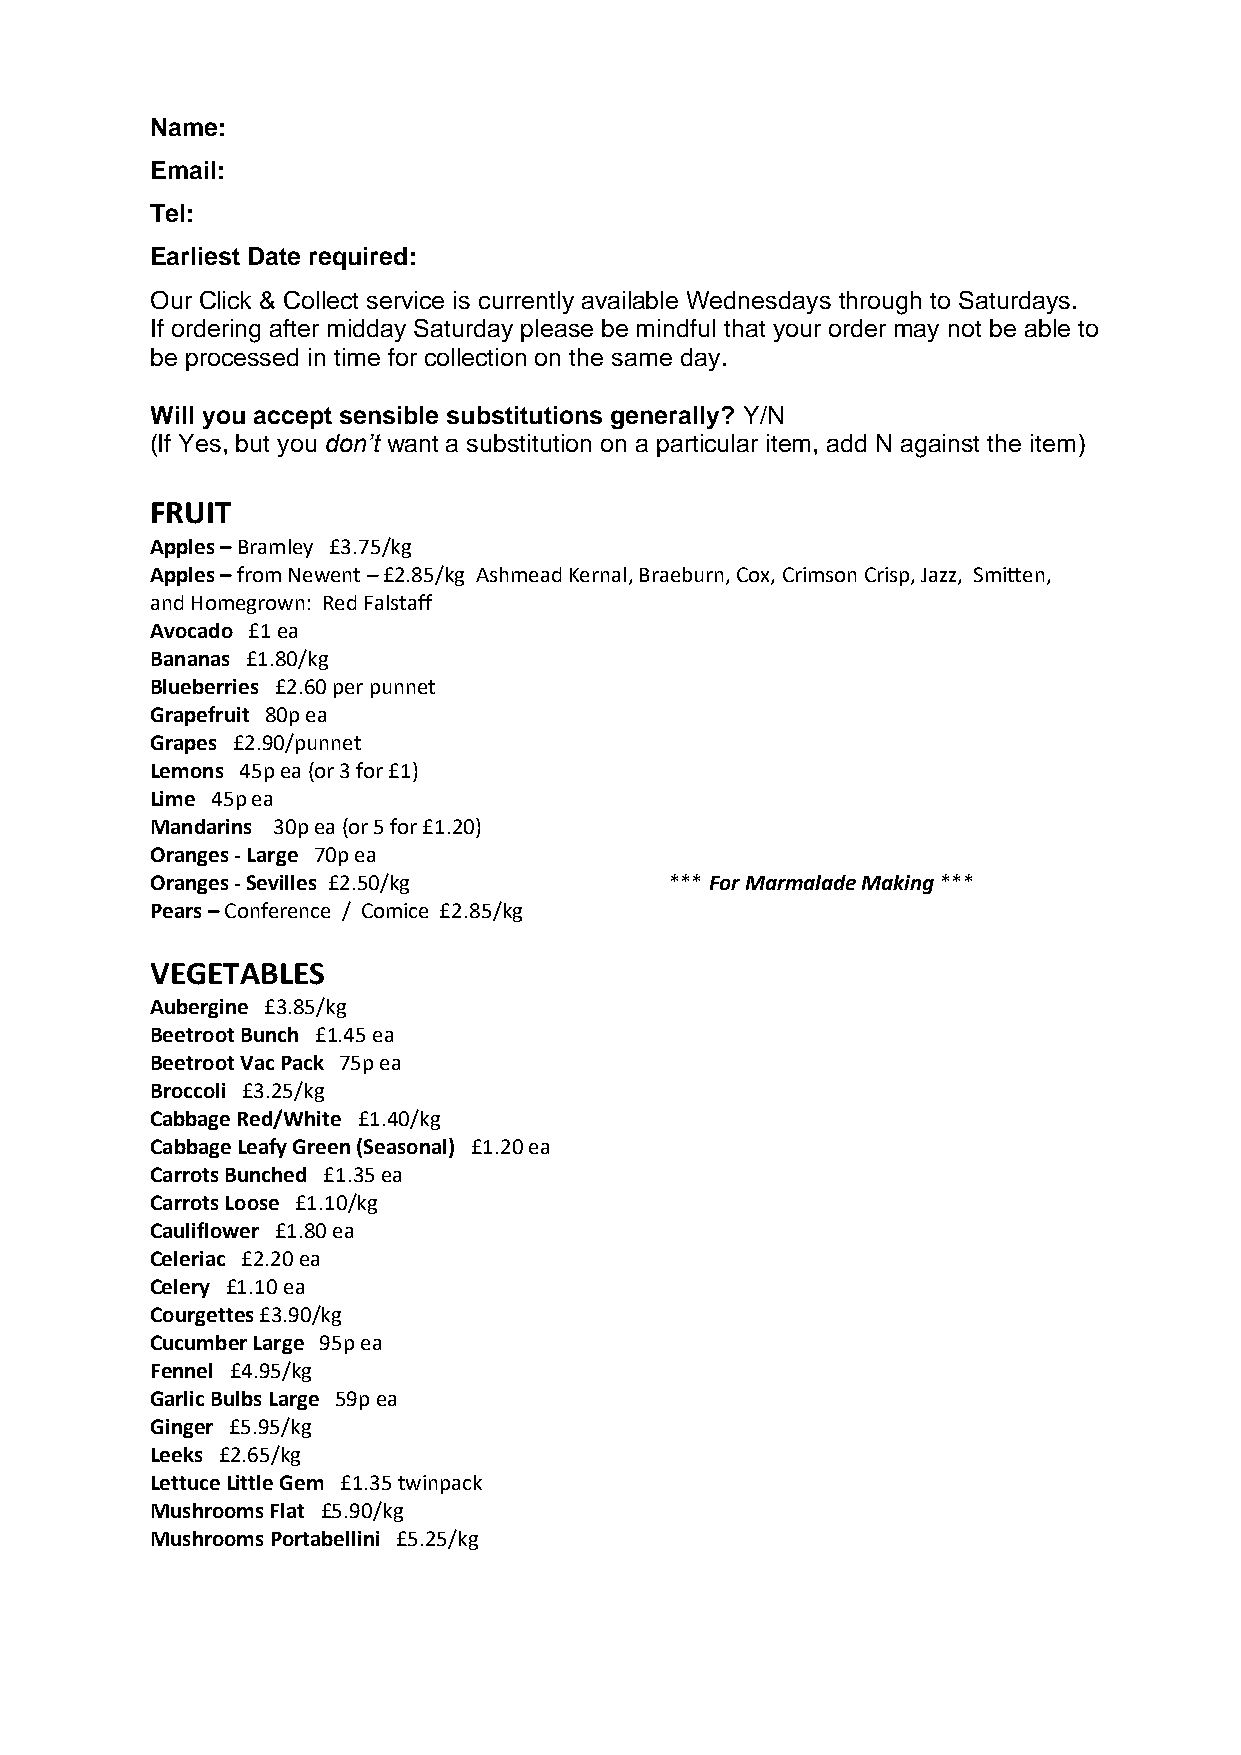
Name:
 Email:
 Tel:
 Earliest Date required:
 Our Click & Collect service is currently available Wednesdays through to Saturdays.
 If ordering after midday Saturday please be mindful that your order may not be able to
 be processed in time for collection on the same day.
 Will you accept sensible substitutions generally? Y/N
 (If Yes, but you don’t want a substitution on a particular item, add N against the item)
 FRUIT
 Apples – Bramley £3.75/kg
 Apples – from Newent – £2.85/kg Ashmead Kernal, Braeburn, Cox, Crimson Crisp, Jazz, Smitten,
 and Homegrown: Red Falstaff
 Avocado £1 ea
 Bananas £1.80/kg
 Blueberries £2.60 per punnet
 Grapefruit 80p ea
 Grapes £2.90/punnet
 Lemons 45p ea (or 3 for £1)
 Lime 45p ea
 Mandarins 30p ea (or 5 for £1.20)
 Oranges - Large 70p ea
 Oranges - Sevilles £2.50/kg       *** For Marmalade Making ***
 Pears – Conference / Comice £2.85/kg
 VEGETABLES
 Aubergine £3.85/kg
 Beetroot Bunch £1.45 ea
 Beetroot Vac Pack 75p ea
 Broccoli £3.25/kg
 Cabbage Red/White £1.40/kg
 Cabbage Leafy Green (Seasonal) £1.20 ea
 Carrots Bunched £1.35 ea
 Carrots Loose £1.10/kg
 Cauliflower £1.80 ea
 Celeriac £2.20 ea
 Celery £1.10 ea
 Courgettes £3.90/kg
 Cucumber Large 95p ea
 Fennel £4.95/kg
 Garlic Bulbs Large 59p ea
 Ginger £5.95/kg
 Leeks £2.65/kg
 Lettuce Little Gem £1.35 twinpack
 Mushrooms Flat £5.90/kg
 Mushrooms Portabellini £5.25/kg